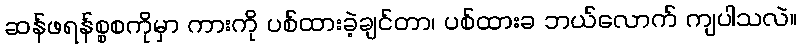
ဆန်ဖရန်စ္စစကိုမှာ ကားကို ပစ်ထားခဲ့ချင်တာ၊ ပစ်ထားခ ဘယ်လောက် ကျပါသလဲ။